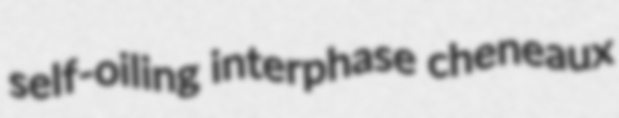
self-oiling interphase cheneaux